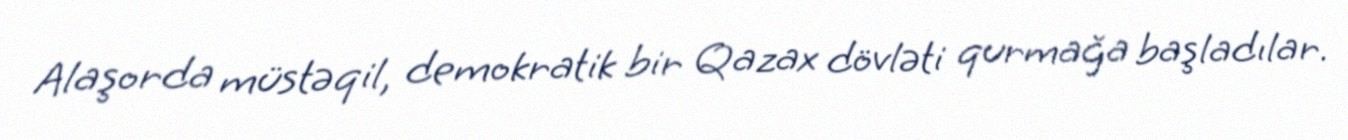
Alaşorda müstəqil, demokratik bir Qazax dövləti qurmağa başladılar.